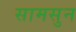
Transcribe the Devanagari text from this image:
सामसुन